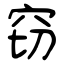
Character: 窃